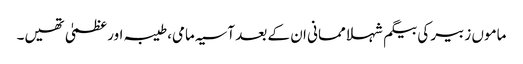
ماموں زبیر کی بیگم شہلا ممانی ان کے بعد آسیہ مامی، طیبہ اور عظمیٰ تھیں۔